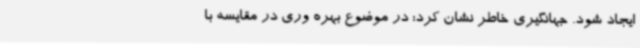
ایجاد شود. جهانگیری خاطر نشان کرد: در موضوع بهره وری در مقایسه با